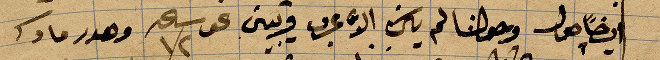
ايضاً حول وحولنا لم يكن الا مجرى فريب من ساعة ١٢ وهدر ...